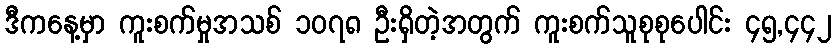
ဒီကနေ့မှာ ကူးစက်မှုအသစ် ၁၀၇၈ ဦးရှိတဲ့အတွက် ကူးစက်သူစုစုပေါင်း ၄၅,၄၄၂